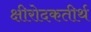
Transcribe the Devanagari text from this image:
क्षीरोदकतीर्थ